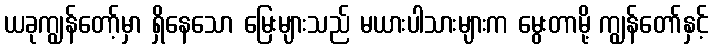
ယခုကျွန်တော့်မှာ ရှိနေသော မြေးများသည် မယားပါသားများက မွေးတာမို့ ကျွန်တော်နှင့်